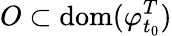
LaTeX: O\subset\mathrm{dom}(\varphi_{t_{0}}^{T})